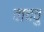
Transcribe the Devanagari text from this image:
वाचवु